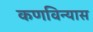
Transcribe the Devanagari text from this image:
कणविन्यास